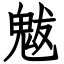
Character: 魃